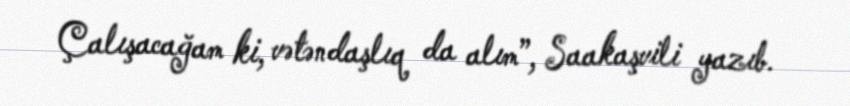
Çalışacağam ki, vətəndaşlıq da alım”, Saakaşvili yazıb.